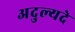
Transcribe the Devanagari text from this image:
अदुल्यदे